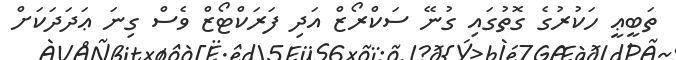
ތަބީޢީ ހަކުރުގެ ގޮތުގައި ގުނޭ ސަކްރޯޒް އަދި ފަރަކްޓޯޒް ވެސް ގިނަ ޢަދަދަކަށް